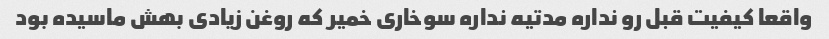
واقعا کیفیت قبل رو نداره مدتیه نداره سوخاری خمیر که روغن زیادی بهش ماسیده بود